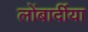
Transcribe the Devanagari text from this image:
लोंबार्दीया